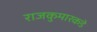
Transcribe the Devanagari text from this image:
राजकुमारकडे